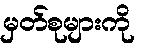
မှတ်စုများကို